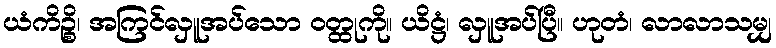
ယံကိဉ္စိ၊ အကြင်လှူအပ်သော ဝတ္ထုကို။ ယိဋ္ဌံ၊ လှူအပ်ပြီ။ ဟုတံ၊ လာလာသမျှ